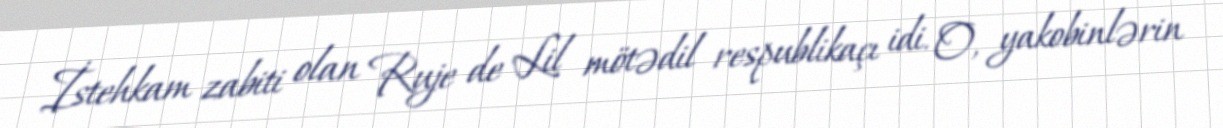
İstehkam zabiti olan Ruje de Lil mötədil respublikaçı idi. O, yakobinlərin